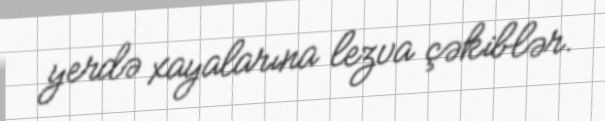
yerdə xayalarına lezva çəkiblər.